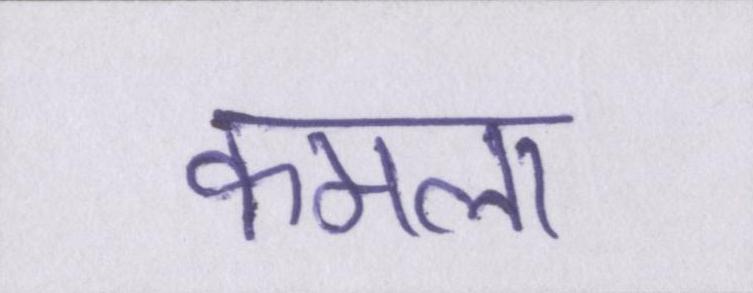
कमला